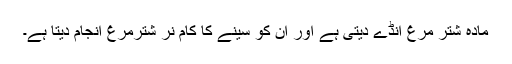
مادہ شتر مرغ انڈے دیتی ہے اور ان کو سینے کا کام نر شترمرغ انجام دیتا ہے۔